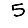
Digit: 5